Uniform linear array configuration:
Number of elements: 12
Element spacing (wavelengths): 0.5
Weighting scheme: kaiser
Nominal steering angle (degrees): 30
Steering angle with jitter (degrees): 28.186
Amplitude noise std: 0.05
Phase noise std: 0.05

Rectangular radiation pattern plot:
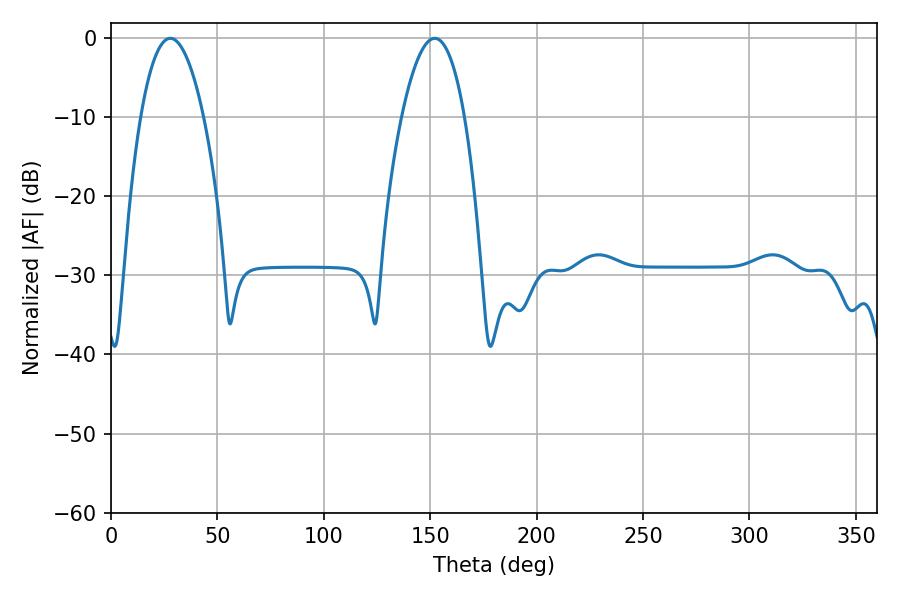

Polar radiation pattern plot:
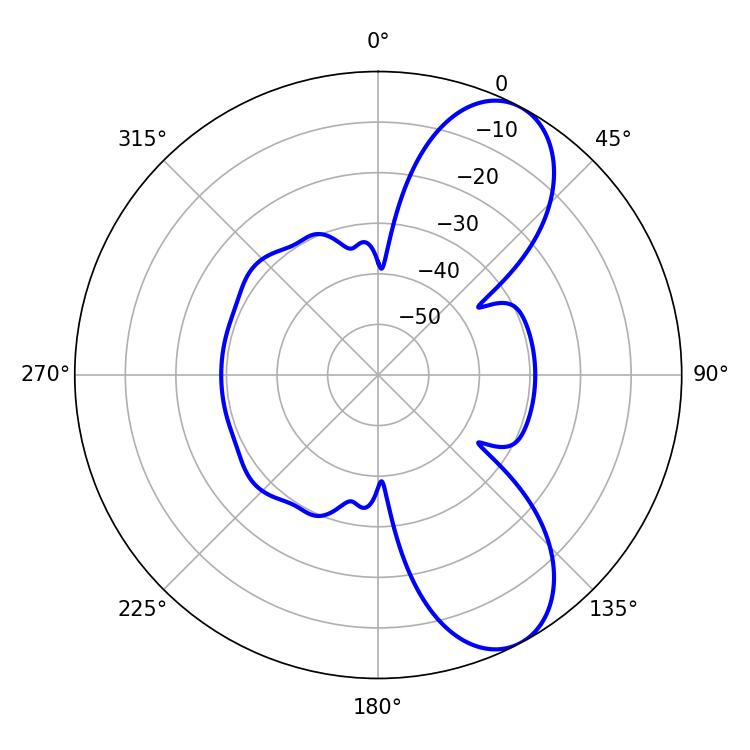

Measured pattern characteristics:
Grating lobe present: FALSE
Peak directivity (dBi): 8.443
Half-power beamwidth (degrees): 16.38
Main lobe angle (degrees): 27.9